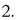
2.